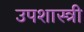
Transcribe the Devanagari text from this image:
उपशास्त्री